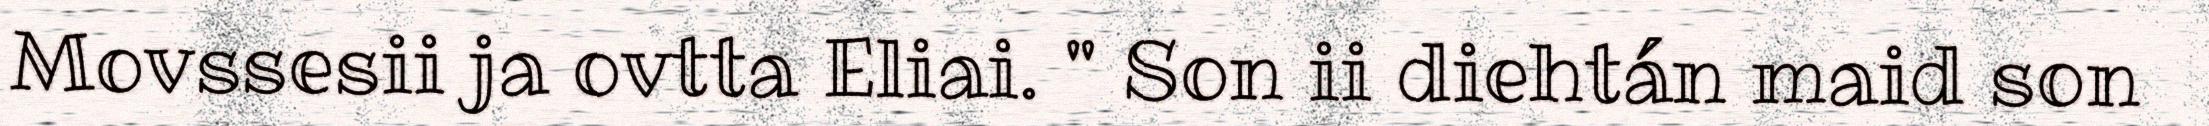
Movssesii ja ovtta Eliai. " Son ii diehtán maid son